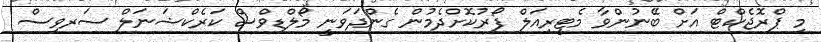
މި ޕްރޮޖެކްޓް އަށް ބޭނުންވާ މެޓީރިއަލް ފޯރުކޮށްދެމުން ގެންދަވަނީ މޯލްޑިވްސް ކަރެކްޝަނަލް ސަރވިސް